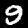
Digit: 9